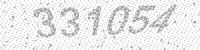
Solution: 331054